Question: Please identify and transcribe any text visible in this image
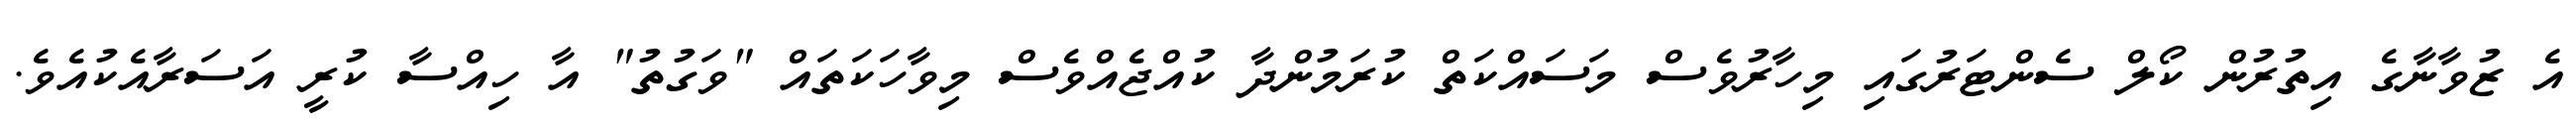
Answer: އެ ޒުވާނާގެ އިތުރުން ކޯލް ސެންޓަރުގައި މިހާރުވެސް މަސައްކަތް ކުރަމުންދާ ކުއްޖެއްވެސް މިވާހަކަތައް "ވަގުތު" އާ ހިއްސާ ކުރީ އަސަރާއެކުއެވެ.